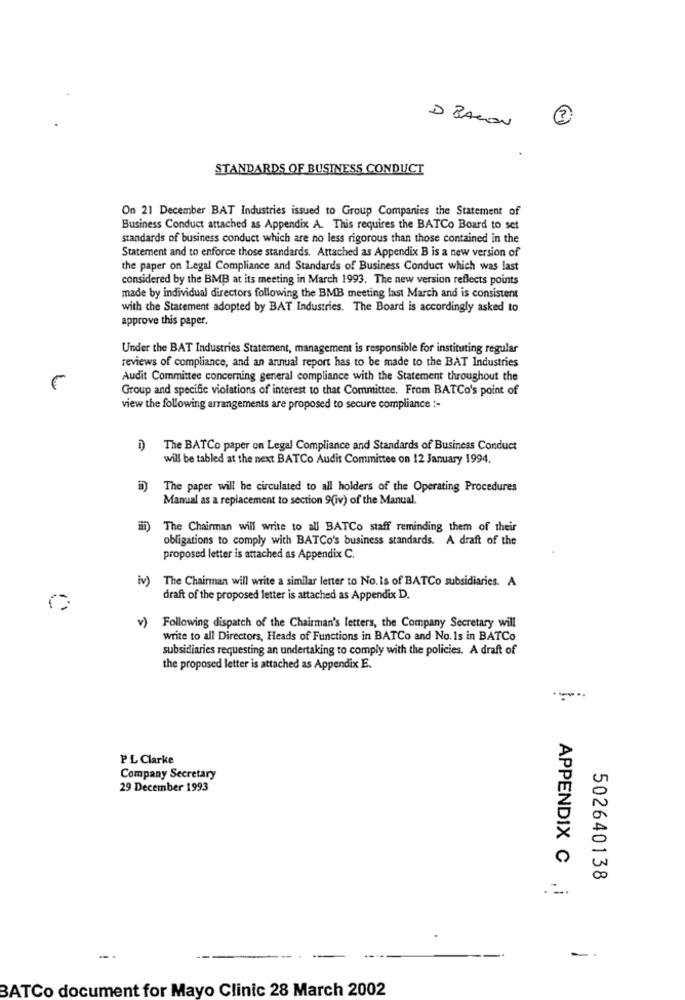
D BACON
STANDARDS OF BUSINESS CONDUCT
On 21 December BAT Industries issued to Group Companies the Statement of
Business Conduct attached as Appendix A. This requires the BATCo Board to set
standards of business conduct which are no less rigorous than those contained in the
Statement and to enforce those standards. Attached as Appendix B is a new version of
the paper on Legal Compliance and Standards of Business Conduct which was last
considered by the BMB at its meeting in March 1993. The new version reflects points
made by individual directors following the BMB meeting last March and is consistent
with the Statement adopted by BAT Industries. The Board is accordingly asked to
approve this paper.
Under the BAT Industries Statement, management is responsible for instituting regular
reviews of compliance, and an annual report has to be made to the BAT Industries
Audit Committee concerning general compliance with the Statement throughout the
Group and specific violations of interest to that Committee. From BATCo's point of
view the following arrangements are proposed to secure compliance :-
The BATCo paper on Legal Compliance and Standards of Business Conduct
will be tabled at the next BATCo Audit Committee on 12 January 1994.
The paper will be circulated to all holders of the Operating Procedures
Manual as a replacement to section 9(iv) of the Manual.
The Chairman will write to all BATCo staff reminding them of their
obligations to comply with BATCo's business standards. A draft of the
proposed letter is attached as Appendix C.
iv)
The Chairman will write a similar letter to No. Is of BATCo subsidiaries. A
draft of the proposed letter is attached as Appendix D.
v)
Following dispatch of the Chairman's letters, the Company Secretary will
write to all Directors, Heads of Functions in BATCo and No. 1s in BATCo
subsidiaries requesting an undertaking to comply with the policies. A draft of
the proposed letter is attached as Appendix E.
PL Clarke
Company Secretary
29 December 1993
502640138
APPENDIX C ,i
-
BATCo document for Mayo Clinic 28 March 2002